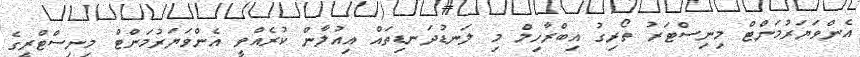
އެންވަޔަރުމަންޓް މިނިސްޓަރު ތޯރިގު އިބްރާހިމް މި ލަނޑުދަނޑިތައް އިއުލާން ކުރެއްވީ އެންވަޔަރުމަންޓް މިނިސްޓްރީގެ